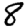
Digit: 8